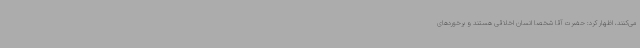
می‌کنند، اظهار کرد: حضرت آقا شخصا انسان اخلاقی هستند و برخوردهای